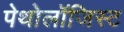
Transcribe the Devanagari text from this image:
पेथोलॉजिस्ट